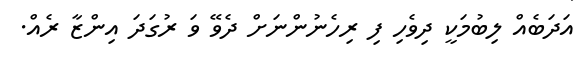
އަދަބެއް ލިބުމަކީ ދިވެހި ފި ރިހެނުންނަށް ދެވޭ ވަ ރުގަދަ އިންޒާ ރެއް.